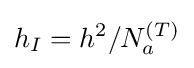
h_{I}=h^{2}/N_{a}^{(T)}